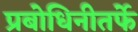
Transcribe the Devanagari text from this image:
प्रबोधिनीतर्फे